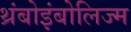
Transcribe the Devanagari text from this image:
थ्रंबोइंबोलिज्म